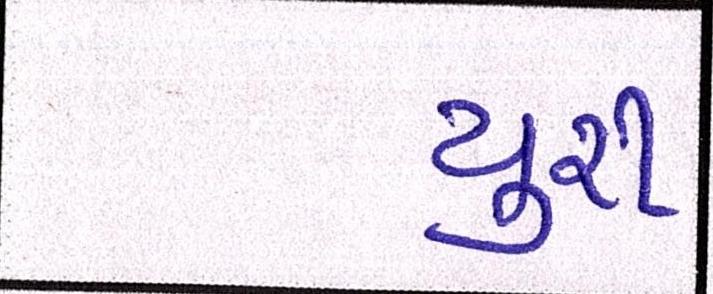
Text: યુરી